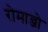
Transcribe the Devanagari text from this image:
रोमान्जो